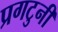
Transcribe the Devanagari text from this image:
प्रगटुनी